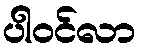
ပါဝင်လာ